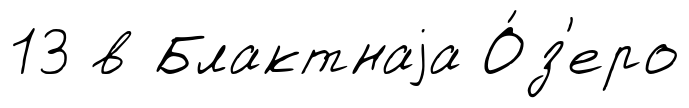
13 в Блактнаjа О́з'еро